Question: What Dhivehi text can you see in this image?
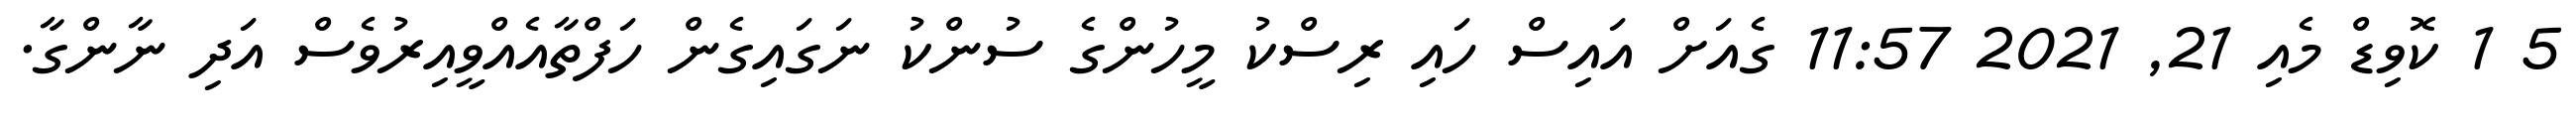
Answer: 5 1 ކޮވިޑް މެއި 21, 2021 11:57 ގެއަށް އައިސް ހައި ރިސްކު މީހުންގެ ސުންކު ނަގައިގެން ހަފްތާއެއްވީއިރުވެސް އަދި ނާންގާ.